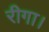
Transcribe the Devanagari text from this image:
रीगा।